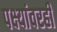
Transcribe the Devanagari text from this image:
पक्ष्यांवरही